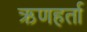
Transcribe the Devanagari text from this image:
ऋणहर्ता